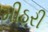
મીઠરી